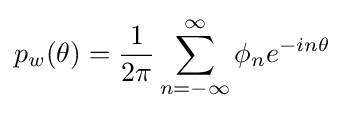
p_{w}(\theta )={\frac {1}{2\pi }}\sum _{n=-\infty }^{\infty }\phi _{n}e^{-in\theta }